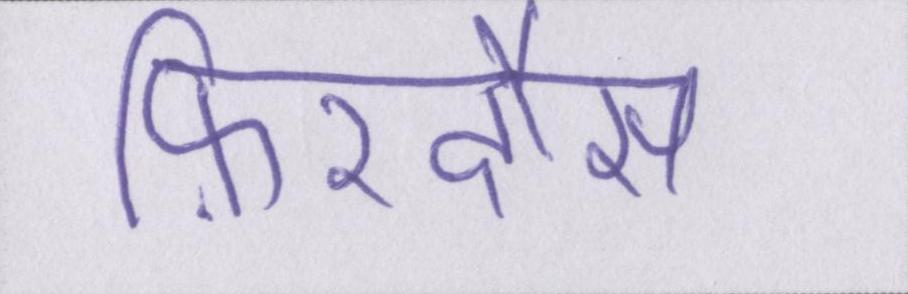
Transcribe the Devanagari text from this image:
फ़िरदौस